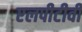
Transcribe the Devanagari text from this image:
एलपीटीवी